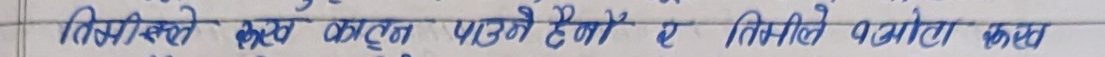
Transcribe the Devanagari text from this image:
तिमीले कस कूल पाउने हो र तिमीले भला कछ